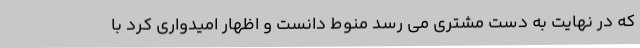
که در نهایت به دست مشتری می رسد منوط دانست و اظهار امیدواری کرد با